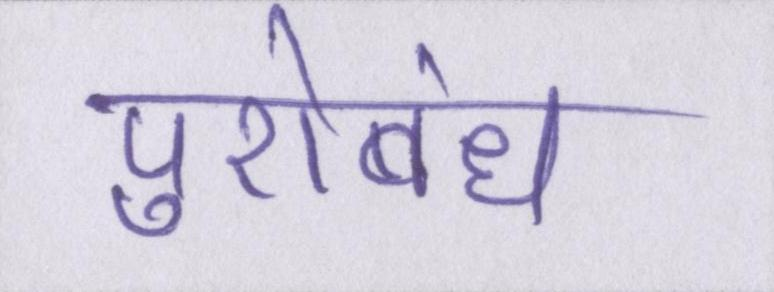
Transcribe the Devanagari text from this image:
पुरोबंध